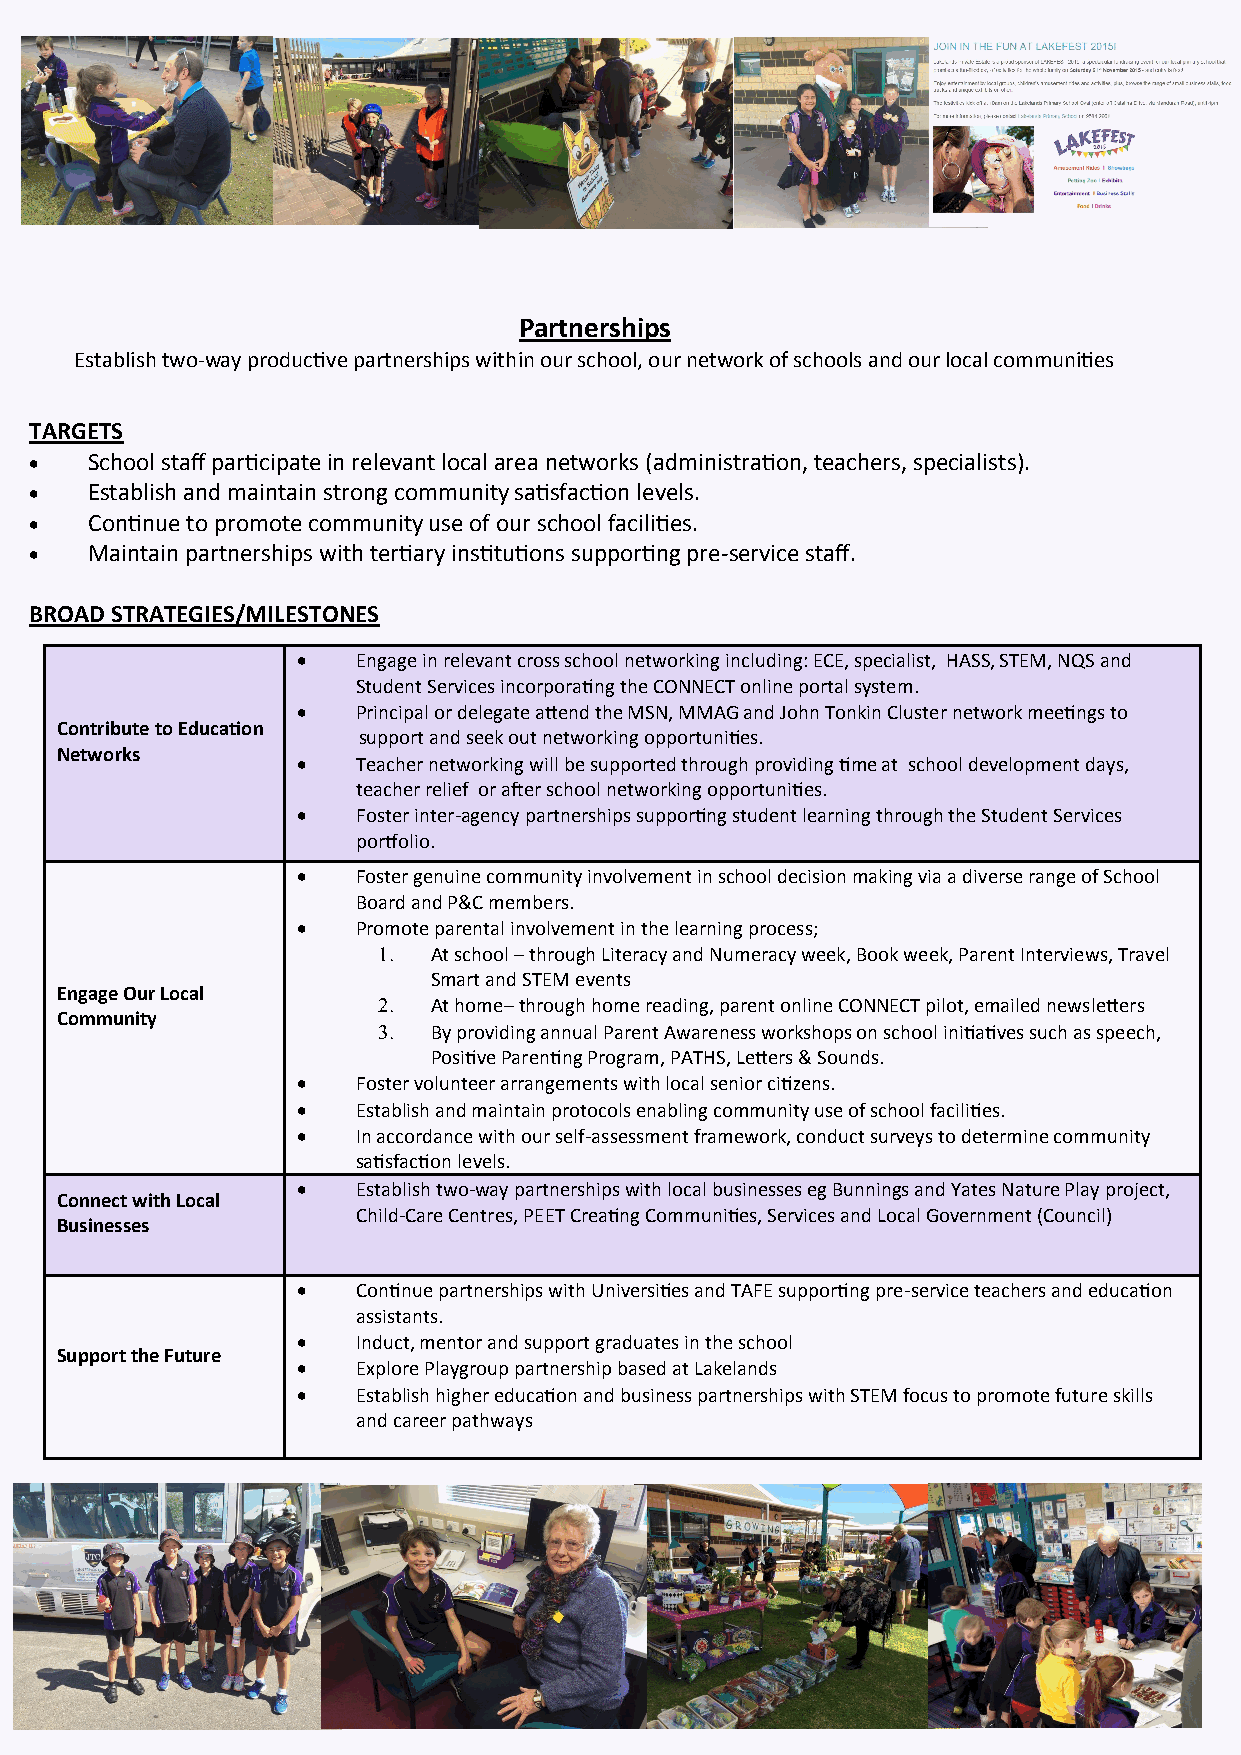
Partnerships
 Establish two-way productive partnerships within our school, our network of schools and our local communities
 TARGETS
    School staff participate in relevant local area networks (administration, teachers, specialists).
    Establish and maintain strong community satisfaction levels.
    Continue to promote community use of our school facilities.
    Maintain partnerships with tertiary institutions supporting pre-service staff.
 BROAD STRATEGIES/MILESTONES
    Engage in relevant cross school networking including: ECE, specialist, HASS, STEM, NQS and
 Student Services incorporating the CONNECT online portal system.
    Principal or delegate attend the MSN, MMAG and John Tonkin Cluster network meetings to
 Contribute to Education
 support and seek out networking opportunities.
 Networks
    Teacher networking will be supported through providing time at school development days,
 teacher relief or after school networking opportunities.
    Foster inter-agency partnerships supporting student learning through the Student Services
 portfolio.
    Foster genuine community involvement in school decision making via a diverse range of School
 Board and P&C members.
    Promote parental involvement in the learning process;
   At school – through Literacy and Numeracy week, Book week, Parent Interviews, Travel
 Smart and STEM events
 Engage Our Local
   At home– through home reading, parent online CONNECT pilot, emailed newsletters
 Community
   By providing annual Parent Awareness workshops on school initiatives such as speech,
 Positive Parenting Program, PATHS, Letters & Sounds.
    Foster volunteer arrangements with local senior citizens.
    Establish and maintain protocols enabling community use of school facilities.
    In accordance with our self-assessment framework, conduct surveys to determine community
 satisfaction levels.
    Establish two-way partnerships with local businesses eg Bunnings and Yates Nature Play project,
 Connect with Local
 Child-Care Centres, PEET Creating Communities, Services and Local Government (Council)
 Businesses
    Continue partnerships with Universities and TAFE supporting pre-service teachers and education
 assistants.
    Induct, mentor and support graduates in the school
 Support the Future
    Explore Playgroup partnership based at Lakelands
    Establish higher education and business partnerships with STEM focus to promote future skills
 and career pathways